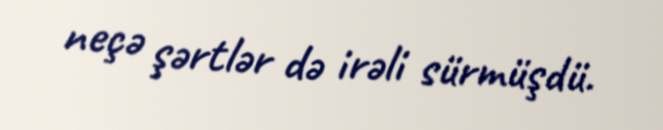
neçə şərtlər də irəli sürmüşdü.